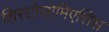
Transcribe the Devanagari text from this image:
शिस्टोसोमिएसिस